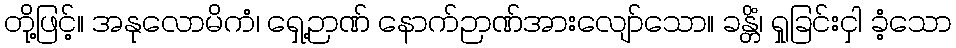
တို့ဖြင့်။ အနုလောမိကံ၊ ရှေ့ဉာဏ် နောက်ဉာဏ်အားလျော်သော။ ခန္တိံ၊ ရှုခြင်းငှါ ခံ့သော